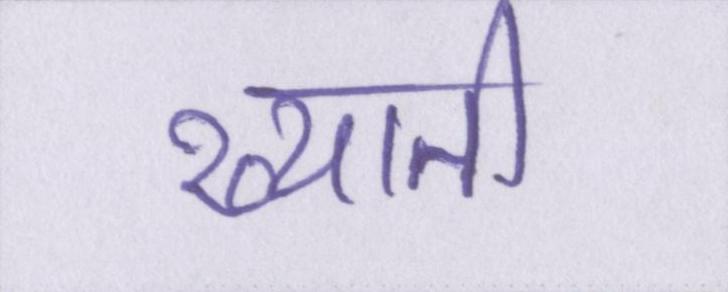
ख्याती